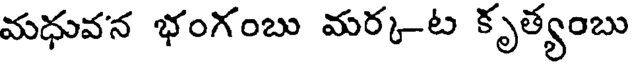
మధువన భంగంబు మర్కట కృత్యంబు